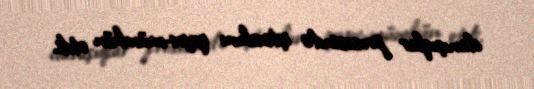
danışıqlar prosesində iştirakını qeyri-mümkün etdi.